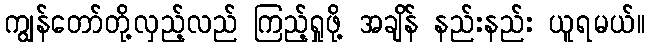
ကျွန်တော်တို့လှည့်လည် ကြည့်ရှုဖို့ အချိန် နည်းနည်း ယူရမယ်။